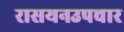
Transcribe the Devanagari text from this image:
रासयनउपचार